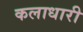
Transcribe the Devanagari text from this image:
कलाधारी